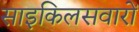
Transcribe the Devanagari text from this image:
साइकिलसवारों